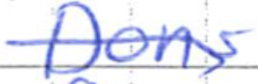
Text: Dons
Cross-out: diagonal
Writing tool: ballpoint